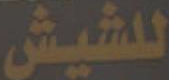
للشيش